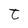
Character: t